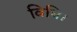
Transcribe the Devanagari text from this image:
विधि।